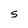
Character: s